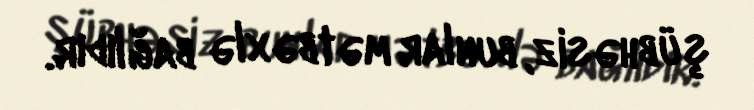
şübhəsiz, bunlar mətbəxlə bağlıdır.